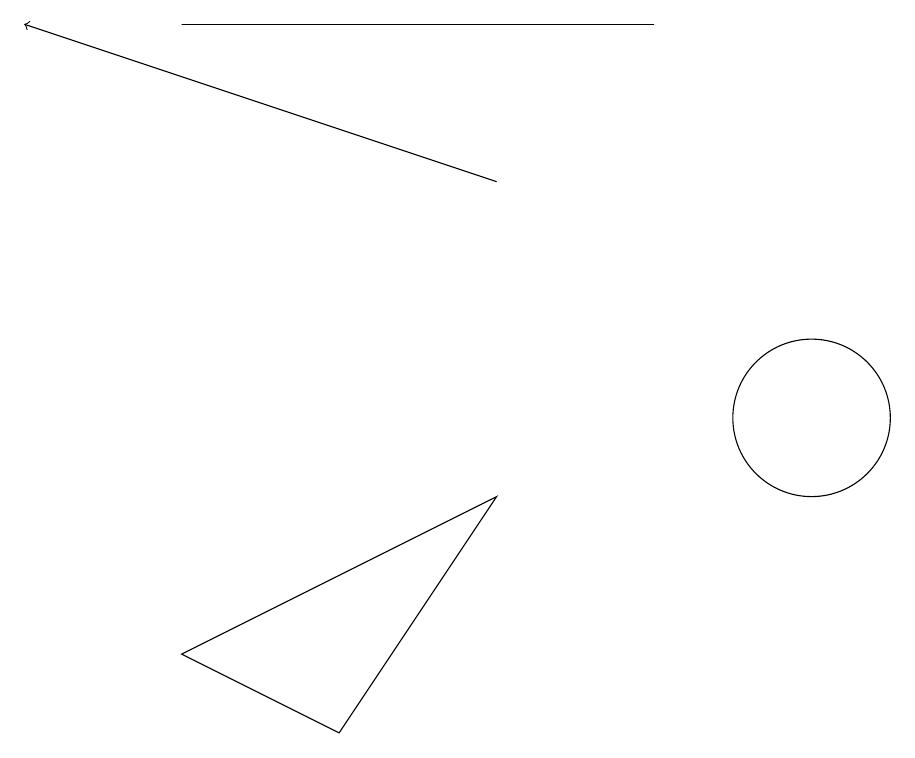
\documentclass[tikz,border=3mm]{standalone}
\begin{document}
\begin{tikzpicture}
\draw (4,6) -- (2,7) -- (6,9) -- cycle;
\draw[->] (6,13) -- (0,15);
\draw (8,15) rectangle (2,15);
\draw (10,10) circle (1);
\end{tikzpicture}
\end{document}